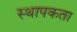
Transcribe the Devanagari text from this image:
स्थापकता